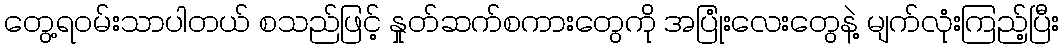
တွေ့ရဝမ်းသာပါတယ် စသည်ဖြင့် နှုတ်ဆက်စကားတွေကို အပြုံးလေးတွေနဲ့ မျက်လုံးကြည့်ပြီး